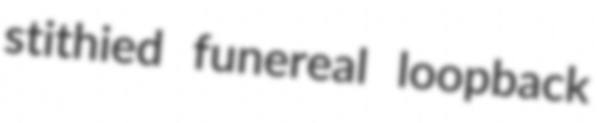
stithied funereal loopback